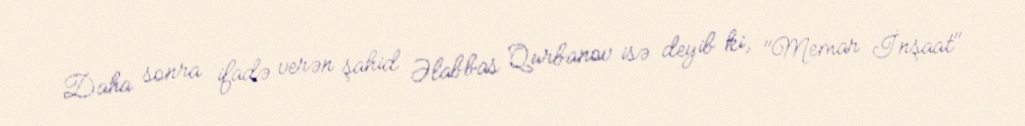
Daha sonra ifadə verən şahid Əlabbas Qurbanov isə deyib ki, "Memar İnşaat"